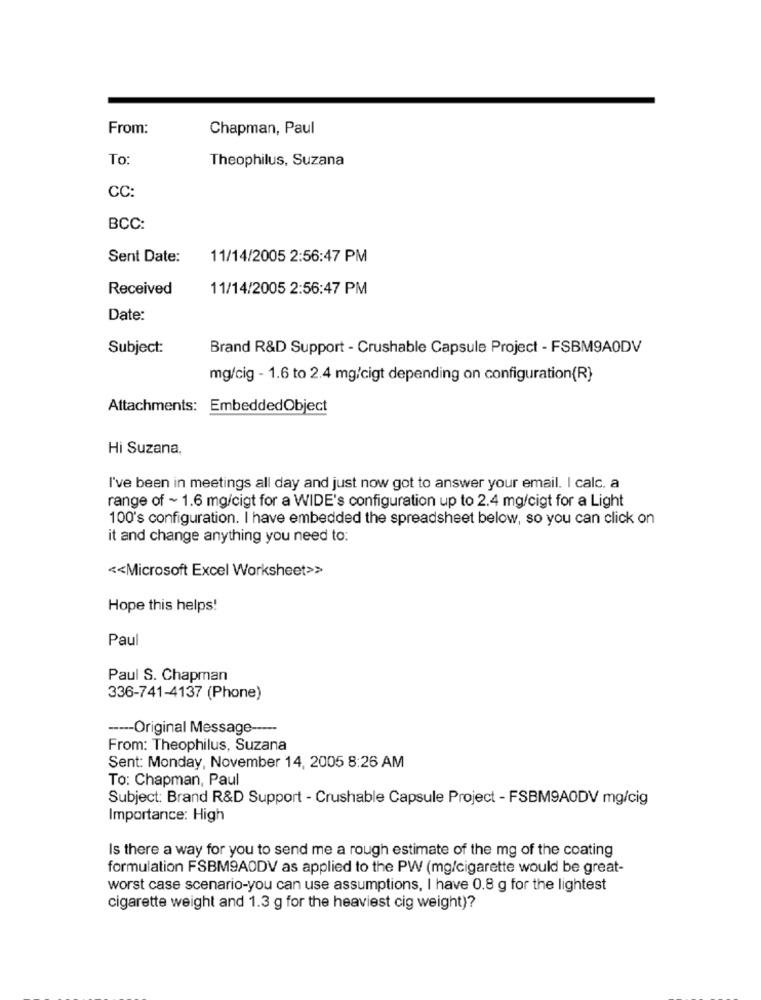
From:
Chapman, Paul
To
Theophilus, Suzana
CC:
BCC:
Sent Date:
11/14/2005 2:56:47 PM
Received
11/14/2005 2:56:47 PM
Date:
Subject:
Brand R&D Support - Crushable Capsule Project - FSBM9A0DV
mg/cig - 1.6 to 2.4 mg/cigt depending on configuration(R)
Attachments: EmbeddedObject
Hi Suzana,
I've been in meetings all day and just now got to answer your email. I calc. a
range of ~ 1.6 mg/cigt for a WIDE's configuration up to 2.4 mg/cigt for a Light
100's configuration. I have embedded the spreadsheet below, so you can click on
it and change anything you need to:
<< Microsoft Excel Worksheet>>
Hope this helps!
Paul
Paul S. Chapman
336-741-4137 (Phone)
----- Original Message -----
From: Theophilus, Suzana
Sent: Monday, November 14, 2005 8:26 AM
To: Chapman, Paul
Subject: Brand R&D Support - Crushable Capsule Project - FSBM9AODV mg/cig
Importance: High
Is there a way for you to send me a rough estimate of the mg of the coating
formulation FSBM9AODV as applied to the PW (mg/cigarette would be great-
worst case scenario-you can use assumptions, I have 0.8 g for the lightest
cigarette weight and 1.3 g for the heaviest cig weight)?